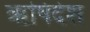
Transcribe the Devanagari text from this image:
ऋषिदेश